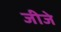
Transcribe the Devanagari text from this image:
जीजे